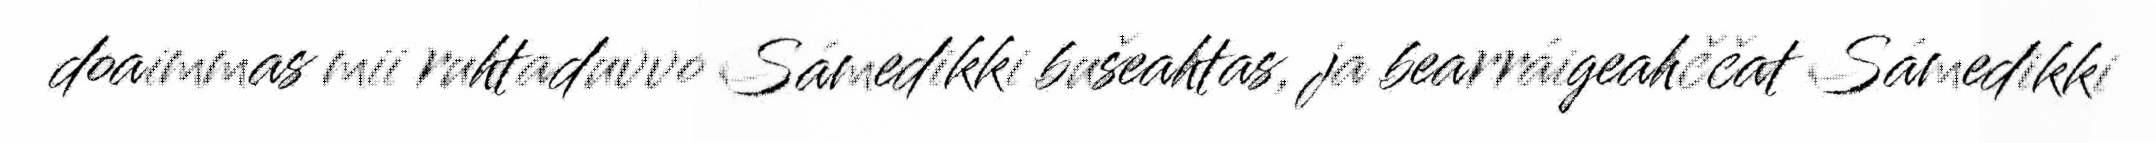
doaimmas mii ruhtaduvvo Sámedikki bušeahtas, ja bearráigeahččat Sámedikki